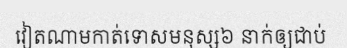
វៀតណាមកាត់ទោសមនុស្ស៦ នាក់ឲ្យជាប់